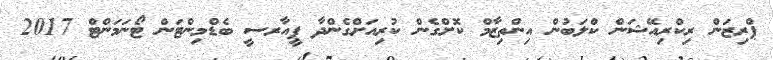
ޕްރިޒަން ރިކްރިއޭޝަން ކްލަބުން އިންތިޒާމް ކޮށްގެން ކުރިއަށްގެންދާ ޕީއާރސީ ބެޑްމިންޓަން ޓޯނަމަންޓް 2017